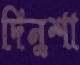
দিনুশা